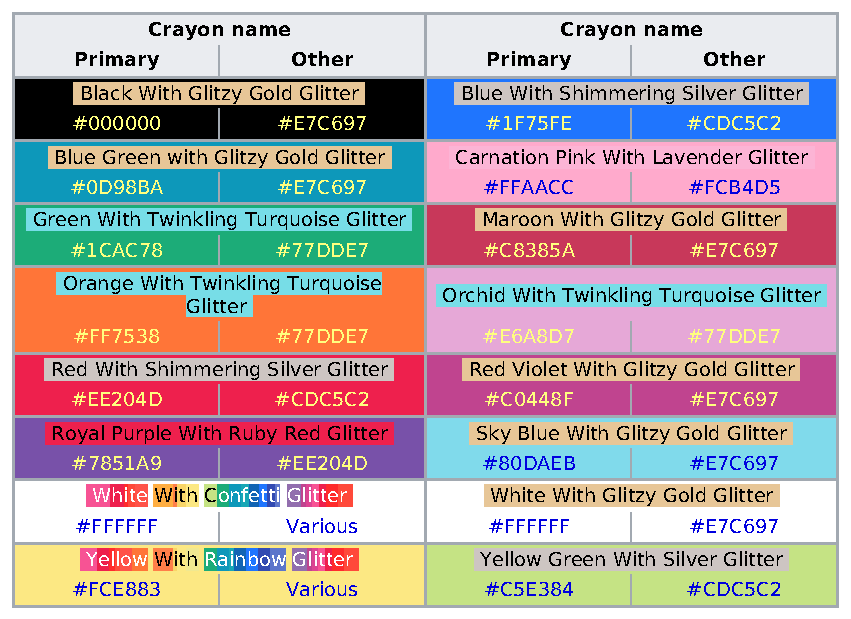
Crayon name                Crayon name
 Primary       Other        Primary        Other
 Black With Glitzy Gold Glitter Blue With Shimmering Silver Glitter
 #000000      #E7C697       #1F75FE      #CDC5C2
 Blue Green with Glitzy Gold Glitter Carnation Pink With Lavender Glitter
 #0D98BA      #E7C697       #FFAACC      #FCB4D5
 Green With Twinkling Turquoise Glitter Maroon With Glitzy Gold Glitter
 #1CAC78      #77DDE7       #C8385A       #E7C697
 Orange With Twinkling Turquoise
 Orchid With Twinkling Turquoise Glitter
 Glitter
 #FF7538      #77DDE7       #E6A8D7      #77DDE7
 Red With Shimmering Silver Glitter Red Violet With Glitzy Gold Glitter
 #EE204D      #CDC5C2       #C0448F       #E7C697
 Royal Purple With Ruby Red Glitter Sky Blue With Glitzy Gold Glitter
 #7851A9      #EE204D       #80DAEB       #E7C697
 White With Confetti Glitter White With Glitzy Gold Glitter
 #FFFFFF       Various      #FFFFFF       #E7C697
 Yellow With Rainbow Glitter Yellow Green With Silver Glitter
 #FCE883       Various      #C5E384      #CDC5C2